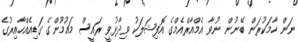
ނަން ހާމަކުރަން ބޭނުން ނުވާ އެމްއާރްއެމްގެ އޮފިޝަލަކު ވިދާޅުވީ ރައީސް މައުމޫންގެ ގަޑިއެއްހާއިރުގެ